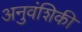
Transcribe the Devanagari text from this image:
अनुवंशिकी